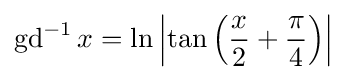
\operatorname {gd} ^{-1}x=\ln \left|\tan \left({\frac {x}{2}}+{\frac {\pi }{4}}\right)\right|